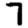
Digit: 7